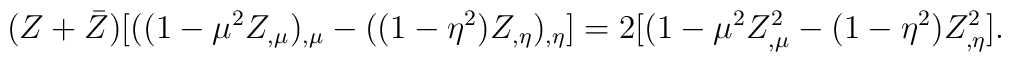
(Z+\bar{Z})[((1-\mu ^{2}Z_{, \mu})_{, \mu}-((1-\eta^{2})Z_{,\eta})_{,\eta}]=2[(1-\mu ^{2}Z_{, \mu}^{2}-(1-\eta^{2})Z_{,\eta}^{2}].